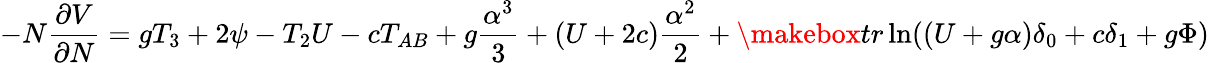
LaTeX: -N{\frac{\partial V}{\partial N}}=gT_{3}+2\psi-T_{2}U-cT_{AB}+g{\frac{\alpha^{3}}{3}}+(U+2c){\frac{\alpha^{2}}{2}}+\makebox{tr}\ln((U+g\alpha)\delta_{0}+c\delta_{1}+g\Phi)